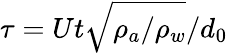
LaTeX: \tau=Ut\sqrt{\rho_{a}/\rho_{w}}/d_{0}